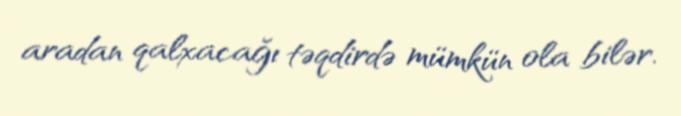
aradan qalxacağı təqdirdə mümkün ola bilər.